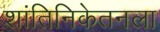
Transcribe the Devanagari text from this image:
शांतिनिकेतनला